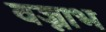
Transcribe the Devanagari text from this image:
वज्नाभ